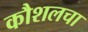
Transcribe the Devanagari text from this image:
कौशलचा